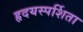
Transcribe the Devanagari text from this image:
हृदयस्पर्शिता